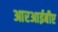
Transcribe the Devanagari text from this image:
आरआईबीए